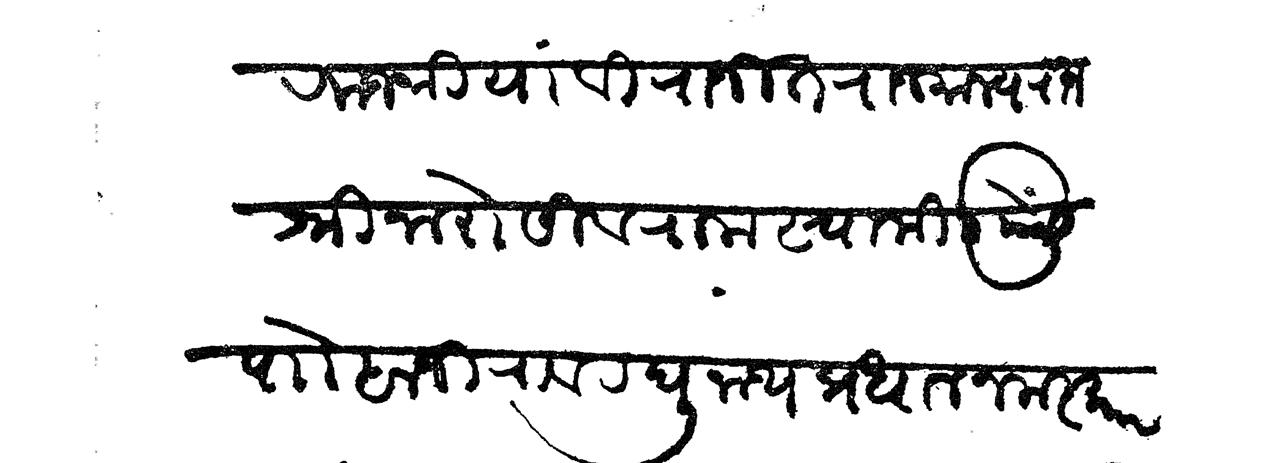
Transliteration (Devanagari): राजश्री या विराजीत राजमान्य राजश्री नारो शिवराम स्वामी यासी पाो बाजीराव रघुनाथ प्रधान नमस्कार